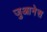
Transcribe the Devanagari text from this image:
जुआनेस